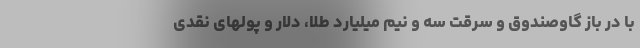
با درِ باز گاوصندوق و سرقت سه و نیم میلیارد طلا، دلار و پولهای نقدی